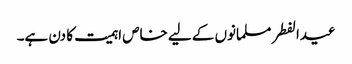
عیدالفطر مسلمانوں کے لیے خاص اہمیت کا دن ہے۔